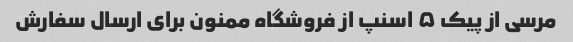
مرسی از پیک ۵ اسنپ از فروشگاه ممنون برای ارسال سفارش